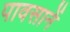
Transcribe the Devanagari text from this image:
पावसानें